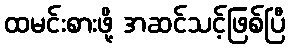
ထမင်းစားဖို့ အဆင်သင့်ဖြစ်ပြီ